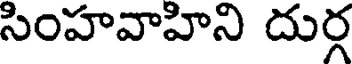
సింహవాహిని దుర్గ